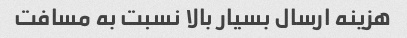
هزینه ارسال بسیار بالا نسبت به مسافت